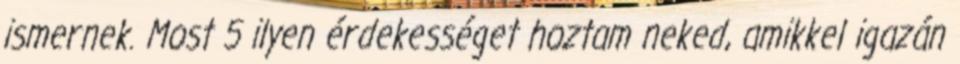
ismernek. Most 5 ilyen érdekességet hoztam neked, amikkel igazán